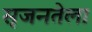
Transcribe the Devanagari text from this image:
सृजनतेला